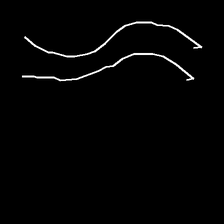
Glyph: float